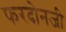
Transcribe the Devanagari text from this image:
फरदोनजी